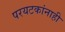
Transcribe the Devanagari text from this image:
परयटकांनाही